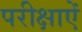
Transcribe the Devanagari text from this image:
परीक्षाऐं